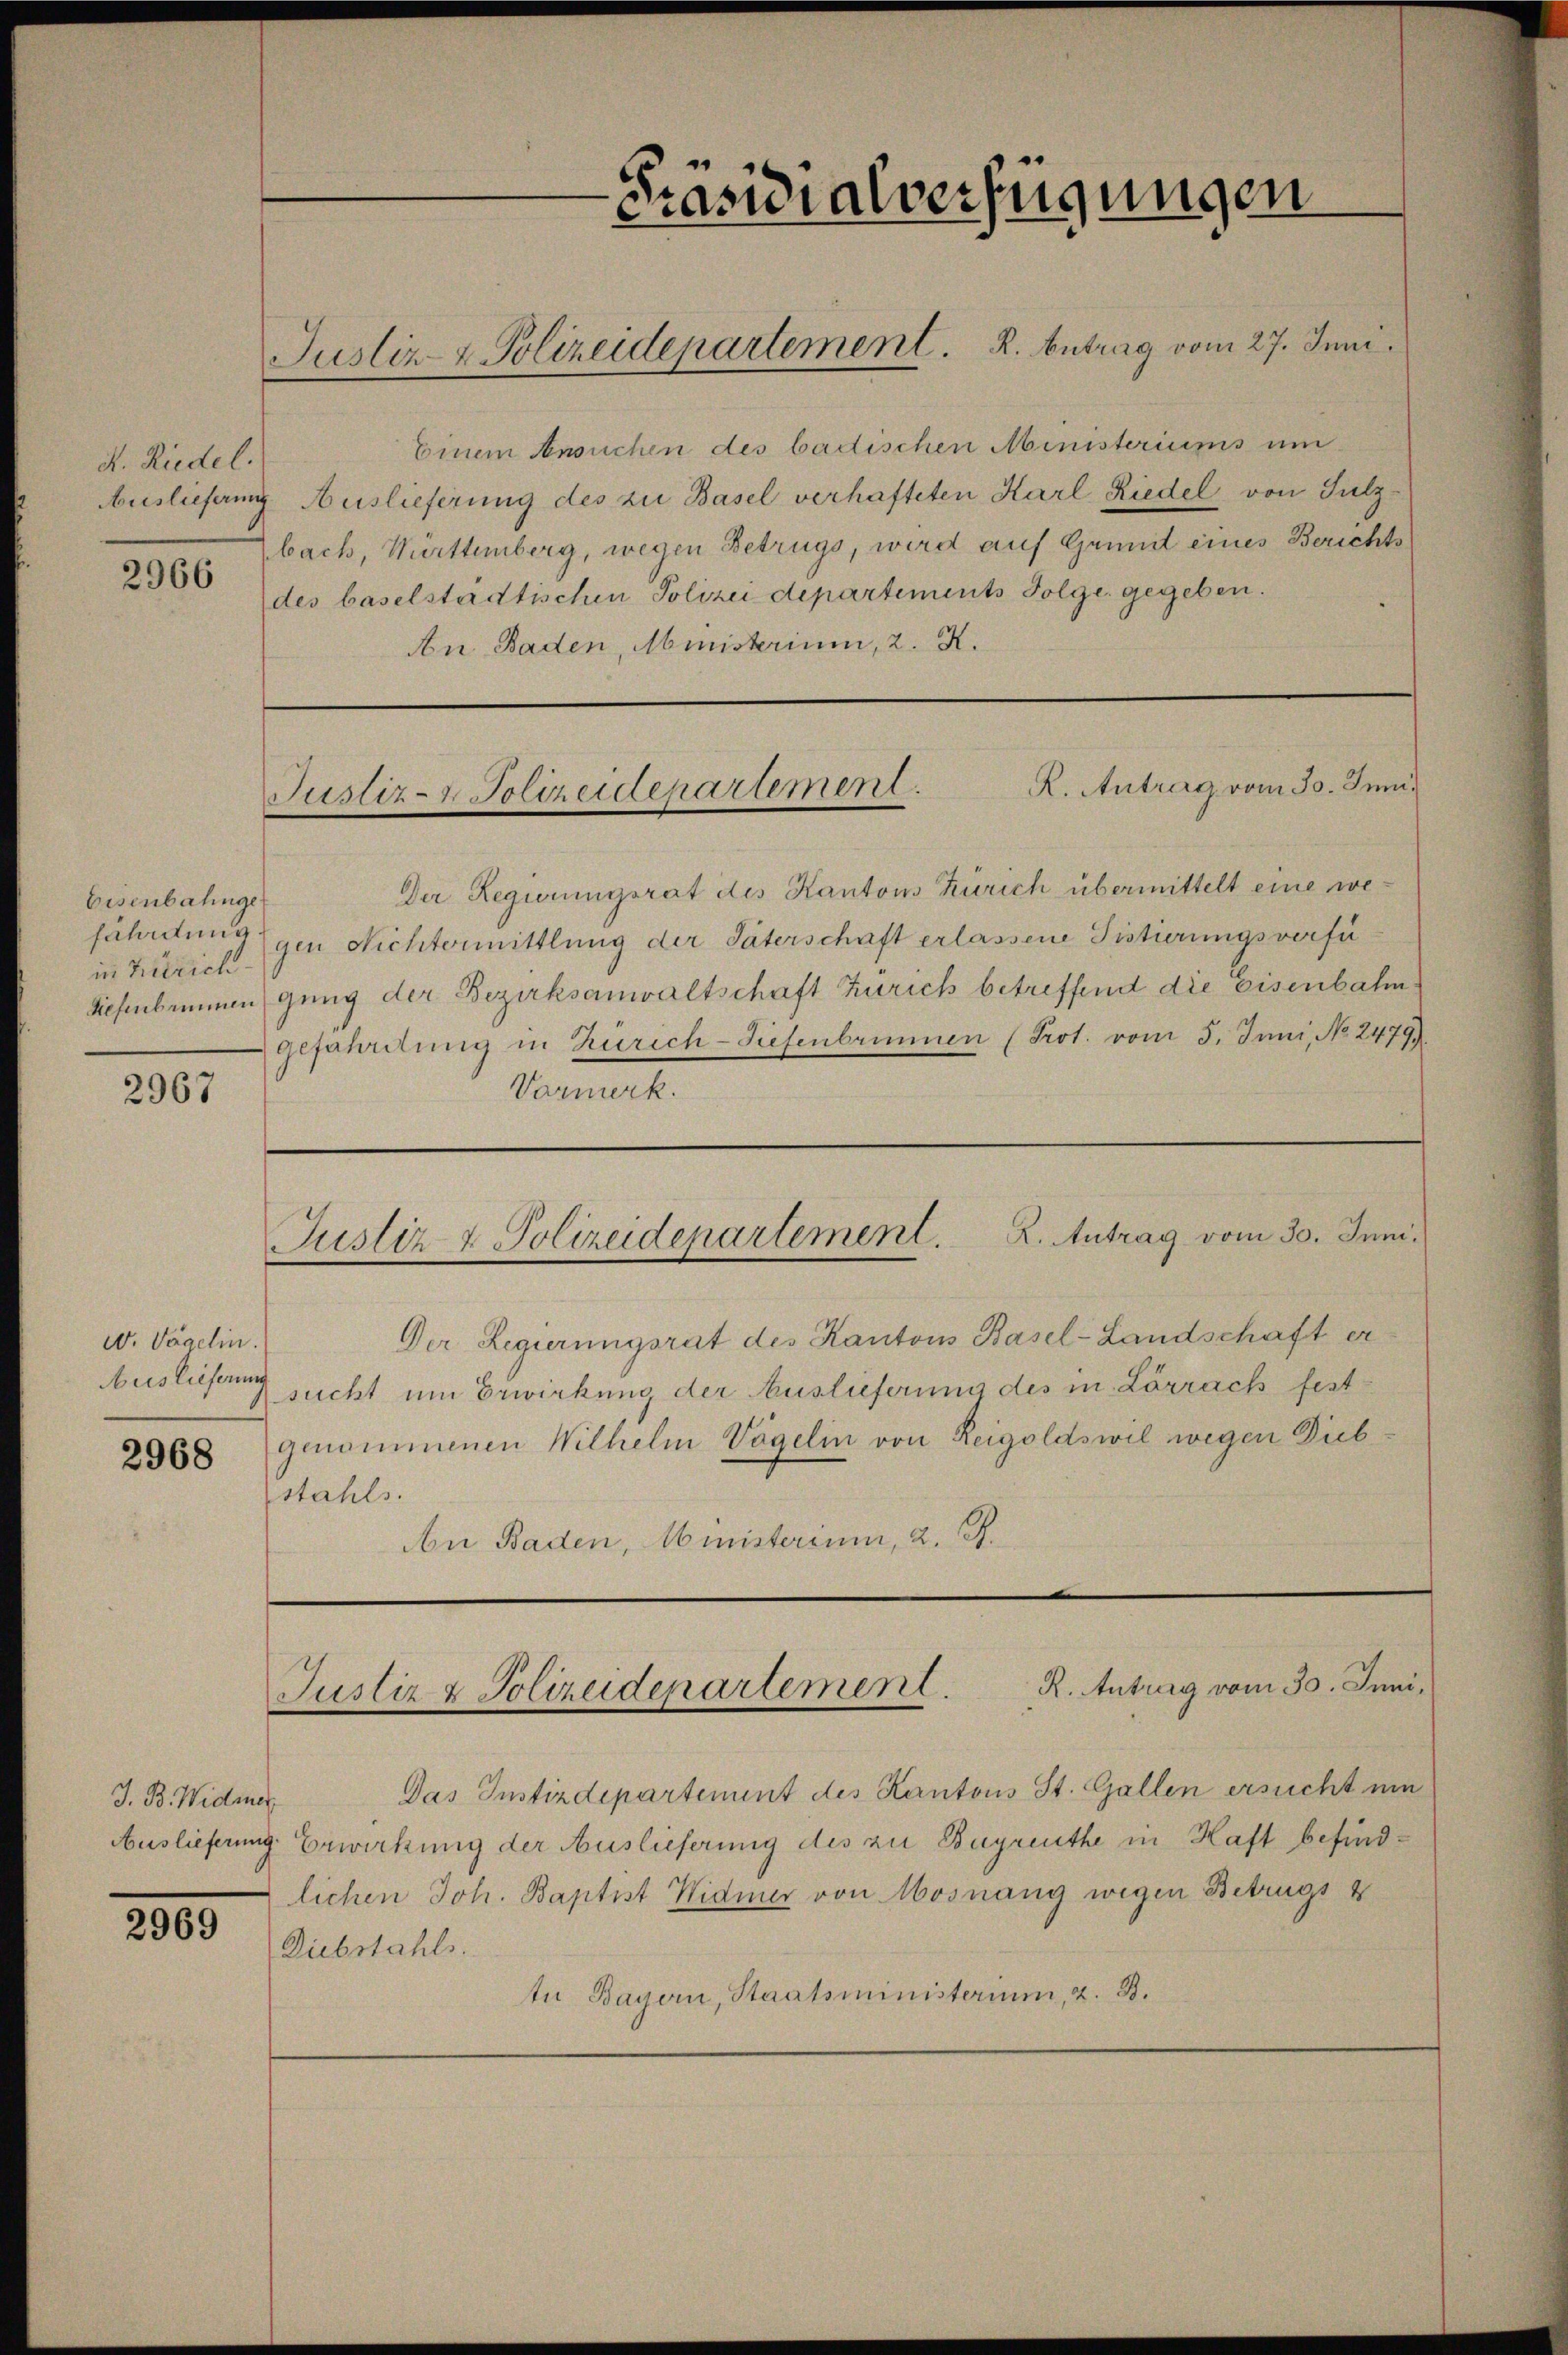
A. Riedel.

2966

Eisenbahnge
in Zürich

2967

w. Vögelin.
Auslieferung
2968

J. B. Widmer.
Auslieferung

2000

Einem Ansuchen des badischen Ministeriums um
Auslieferung Auslieferung des zu Basel verhafteten Karl Riedel von Sulzbach, Württemberg, wegen Betrugs, wird auf Grundt eines Berichtsdes baselstadtischen Polizei departements Folge gegeben.
An Baden, Ministerium, 2. X.

Justiz- & Polizeidepartement. K. Antrag vom 27. Juni.

Präsidialverfügungen

R. Antrag vom 30. Juni
Justiz- & Polizeidepartement

Der Regierungsrat des Kantons Zürich übermittelt eine wejährdung gen Nichtermittlung der Vaterschaft erlassene Sistierungsverfü¬
Sichenkommengung der Bezirksanwaltschaft Zürich betreffend die Eisenbahngefährdung in Zürich-Tiefenbrunnen (Prot. vom 5. Juni, No. 2479
Varmerk.

Justiz & Polizeidepartement. K. Antrag vom 30. Juni.

Justiz & Polizeidepartement . . Antrag vom 30. Juni,

Das Instizdepartement des Kantons St. Gallen ersucht um
Erwirkung der Auslieferung des zu Bagreuthe in Haft befindlichen Joh. Baptist Widmer von Mosnang wegen Betrugs 4
Diebstahls.
te Bayern, Staatsministerium, z. B.

Der Regierungsrat des Kantons Basel-Landschaft er
sucht um Erwirkung der Auslieferung des in Lörrach festgenommenen Wilhelm Vögelin von Reigoldswil wegen Diebstahls.
An Baden, Ministerium, d. R.